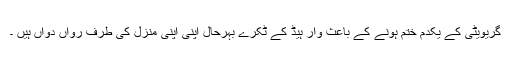
گریویٹی کے یکدم ختم ہونے کے باعث وار ہیڈ کے ٹکرے بہرحال اپنی اپنی منزل کی طرف رواں دواں ہیں ۔